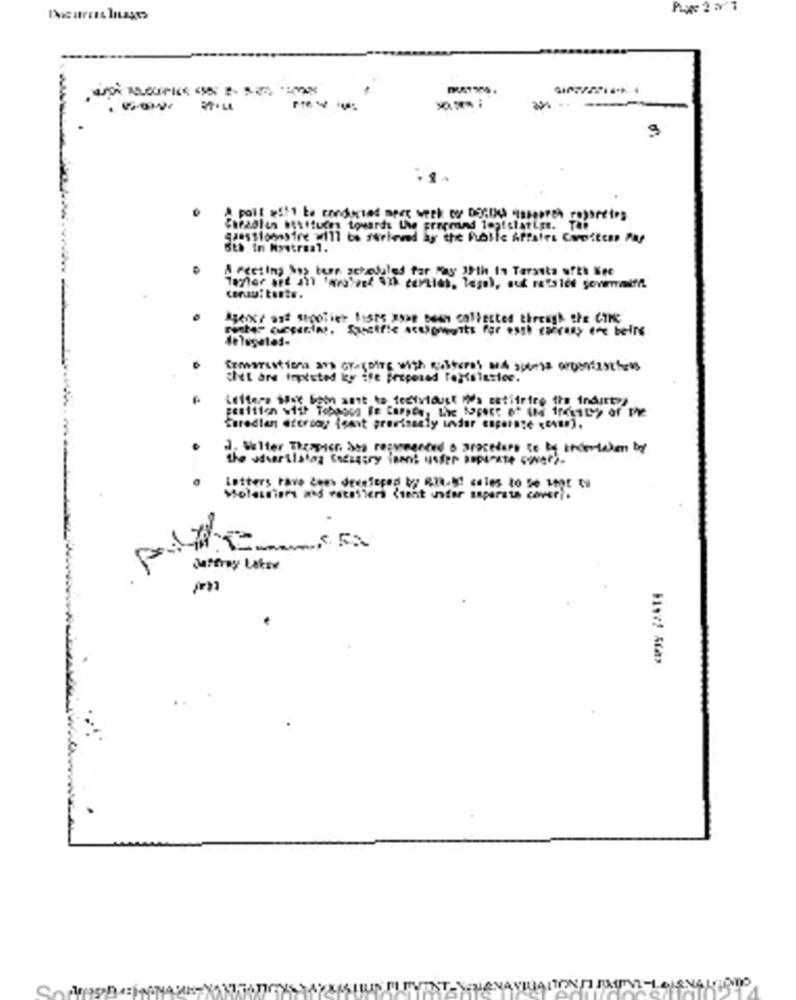
-------
Chrzolin hetfluces towards the Freemind legislatige. The
A Fecting &os ten scheduled for Ray 1th In Tarata urEh bee
Lettere back Soon ant to tecistdust tes estifries the industry
3. Walter Theapacr. Ssa rezvegeted o arzelars te te Endertaken ber
Letters Pave čenw dedefepod to RTa.N! cales to de 3hor ti
Jeffrey Lakse